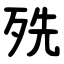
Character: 㱡